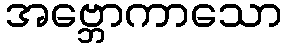
အဗ္ဘောကာသော